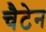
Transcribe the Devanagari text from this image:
चैटेन